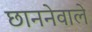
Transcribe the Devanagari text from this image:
छाननेवाले